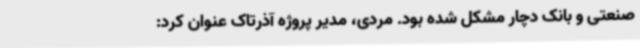
صنعتی و بانک دچار مشکل شده بود. مردی، مدیر پروژه آذرتاک عنوان کرد: